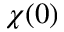
\chi ( 0 )